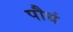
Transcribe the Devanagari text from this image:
पौधं